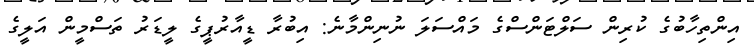
އިންތިހާބުގެ ކުރިން ސަލްޓަންސްގެ މައްސަލަ ނުނިންމާނެ: އިބުރާ ޑީއާރުޕީގެ ލީޑަރު ތަސްމީން އަލީގެ